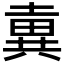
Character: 𡐢